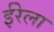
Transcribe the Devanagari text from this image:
ईरेला